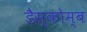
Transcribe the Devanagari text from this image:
डैस्कोम्ब